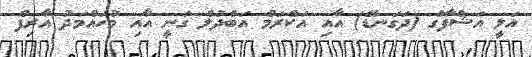
އަލީ އަޝްފާގް (ދަގަނޑޭ) އާއި އަކްރަމް އަބްދުލް ގަނީ އާއި މުހައްމަދު އާރިފް